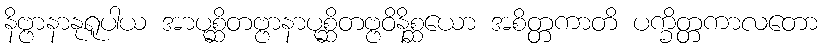
နိဗ္ဗာနာနုရူပါယ အာပုစ္ဆိတဗ္ဗာနာပုစ္ဆိတဗ္ဗဝိနိစ္ဆယော အစိတ္တကာတိ ပက္ခိတ္တကာလတော